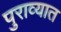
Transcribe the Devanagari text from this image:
पुराव्यात